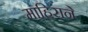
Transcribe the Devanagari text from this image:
माहिराने